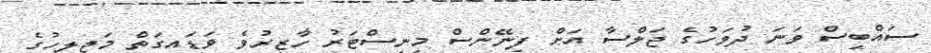
ސައްބީސް ވަނަ ދުވަހުގެ ޖަލްސާ އަށް ފިނޭންސް މިނިސްޓަރު ހާޒިރުވެ ވަޑައިގަތް މަޖިލީހުގެ